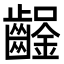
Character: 𨰒